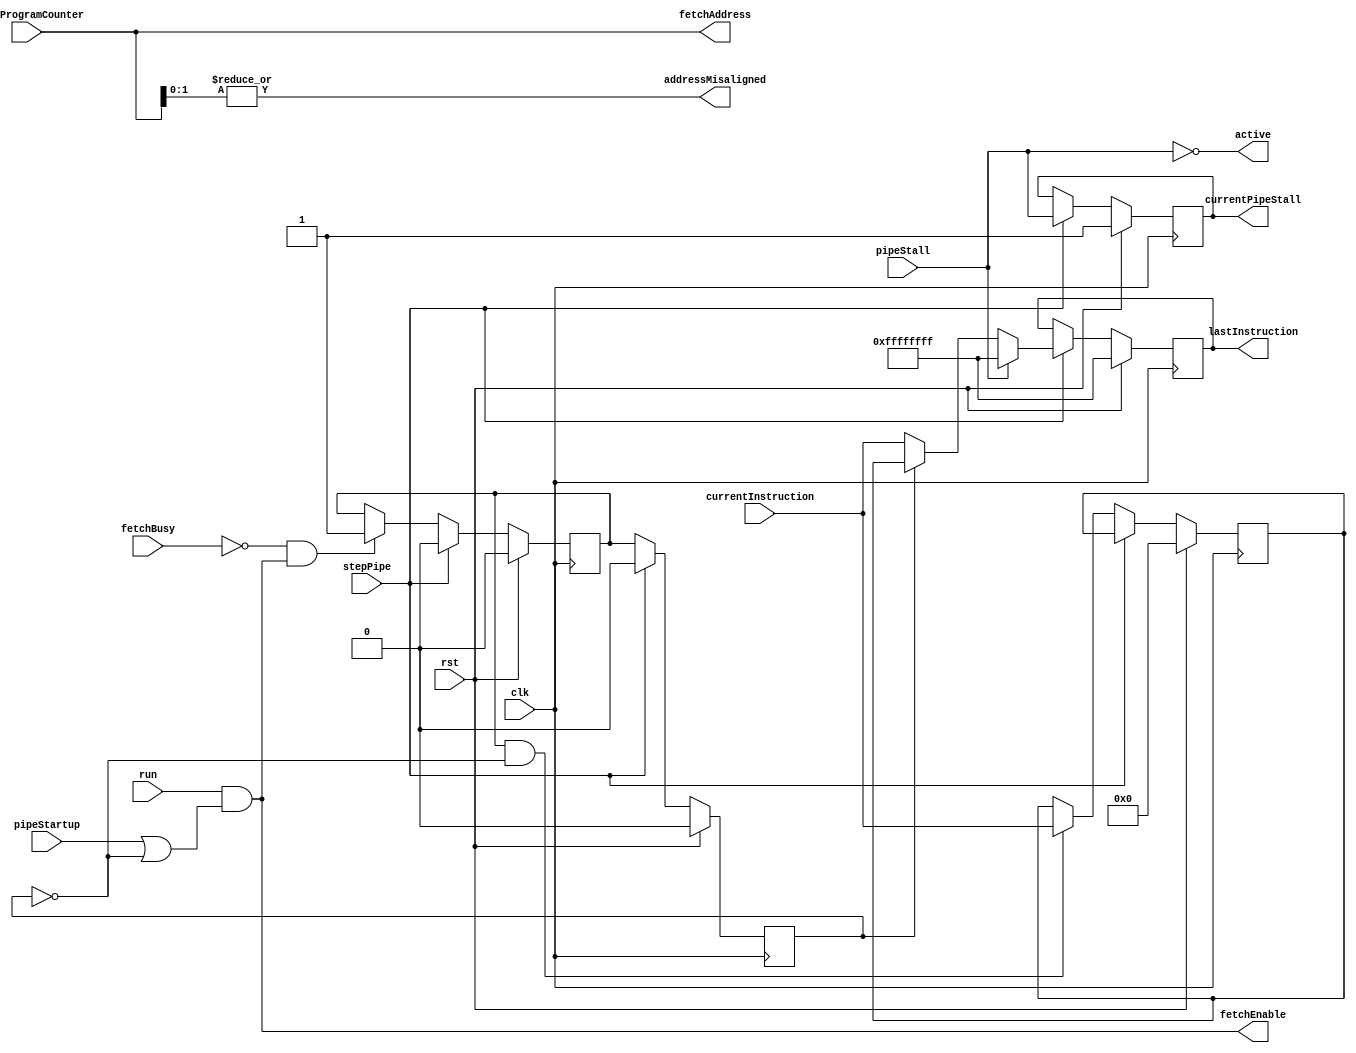
`default_nettype none

module PipeFetch (
		input wire clk,
		input wire rst,

		// Pipe control
		input wire run,
		input wire pipeStartup,
		input wire stepPipe,
		input wire pipeStall,
		output reg currentPipeStall,
		output wire active,
		input wire[31:0] currentInstruction,
		output reg[31:0] lastInstruction,

		// Control
		input wire[31:0] fetchProgramCounter,
		output wire addressMisaligned,

		// Memory access
		output wire[31:0] fetchAddress,
		output wire fetchEnable,
		input wire fetchBusy
	);

	reg[31:0] cachedInstruction;
	reg instructionCached;
	reg useCachedInstruction;

	// Pipe control
	always @(posedge clk) begin
		if (rst) begin
			currentPipeStall <= 1'b1;
			lastInstruction <= ~32'b0;
			cachedInstruction <= 32'b0;
			useCachedInstruction <= 1'b0;
		end else begin
			if (stepPipe) begin
				currentPipeStall <= pipeStall;
				if (!pipeStall) lastInstruction <= useCachedInstruction ? cachedInstruction : currentInstruction;
				else lastInstruction <= ~32'b0;

				useCachedInstruction <= 1'b0;
			end else begin
				useCachedInstruction <= instructionCached;

				if (instructionCached && !useCachedInstruction) cachedInstruction <= currentInstruction;
			end
		end
	end

	// Fetch control
	always @(negedge clk) begin
		if (rst) begin
			instructionCached <= 1'b0;
		end else begin
			if (stepPipe) begin
				instructionCached <= 1'b0;
			end else begin
				if (!fetchBusy && fetchEnable) begin
					instructionCached <= 1'b1;
				end
			end
		end
	end

	assign active = !pipeStall;

	assign addressMisaligned = |fetchProgramCounter[1:0];
	assign fetchAddress = fetchProgramCounter;
	assign fetchEnable = run && (pipeStartup || !useCachedInstruction);

endmodule